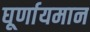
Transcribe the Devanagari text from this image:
घूर्णायमान